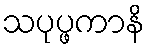
သပုပ္ဖကာနိ